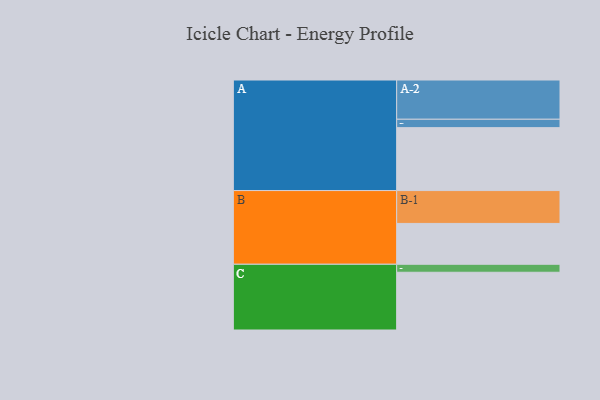
{"axis": {"x": "Segment", "y": "Value"}, "legend": ["", "A", "B", "C"], "data": [{"x": "A", "y": 473, "type": ""}, {"x": "B", "y": 307, "type": ""}, {"x": "C", "y": 434, "type": ""}, {"x": "A-1", "y": 63, "type": "A"}, {"x": "A-2", "y": 295, "type": "A"}, {"x": "B-1", "y": 247, "type": "B"}, {"x": "C-1", "y": 60, "type": "C"}]}